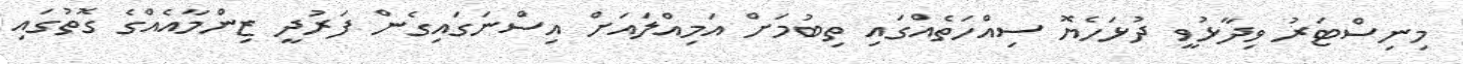
މިނިސްޓަރު ވިދާޅުވީ ދުޅަހެޔޮ ސިއްހަތެއްގައި ތިބުމަށް އަމިއްލައަށް އިސްނަގައިގެން ފަރުދީ ޒިންމާއެއްގެ ގޮތުގައި